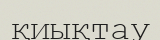
қиықтау